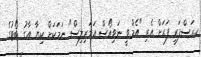
ކ.ރަސްފަރީ ފަރަށް އެރި "އެމް.ވީ ނަވިއޯސް އަމަރިލިސް" ނަމަކަށް ކިޔާ އާގު ބޯޓުގެ